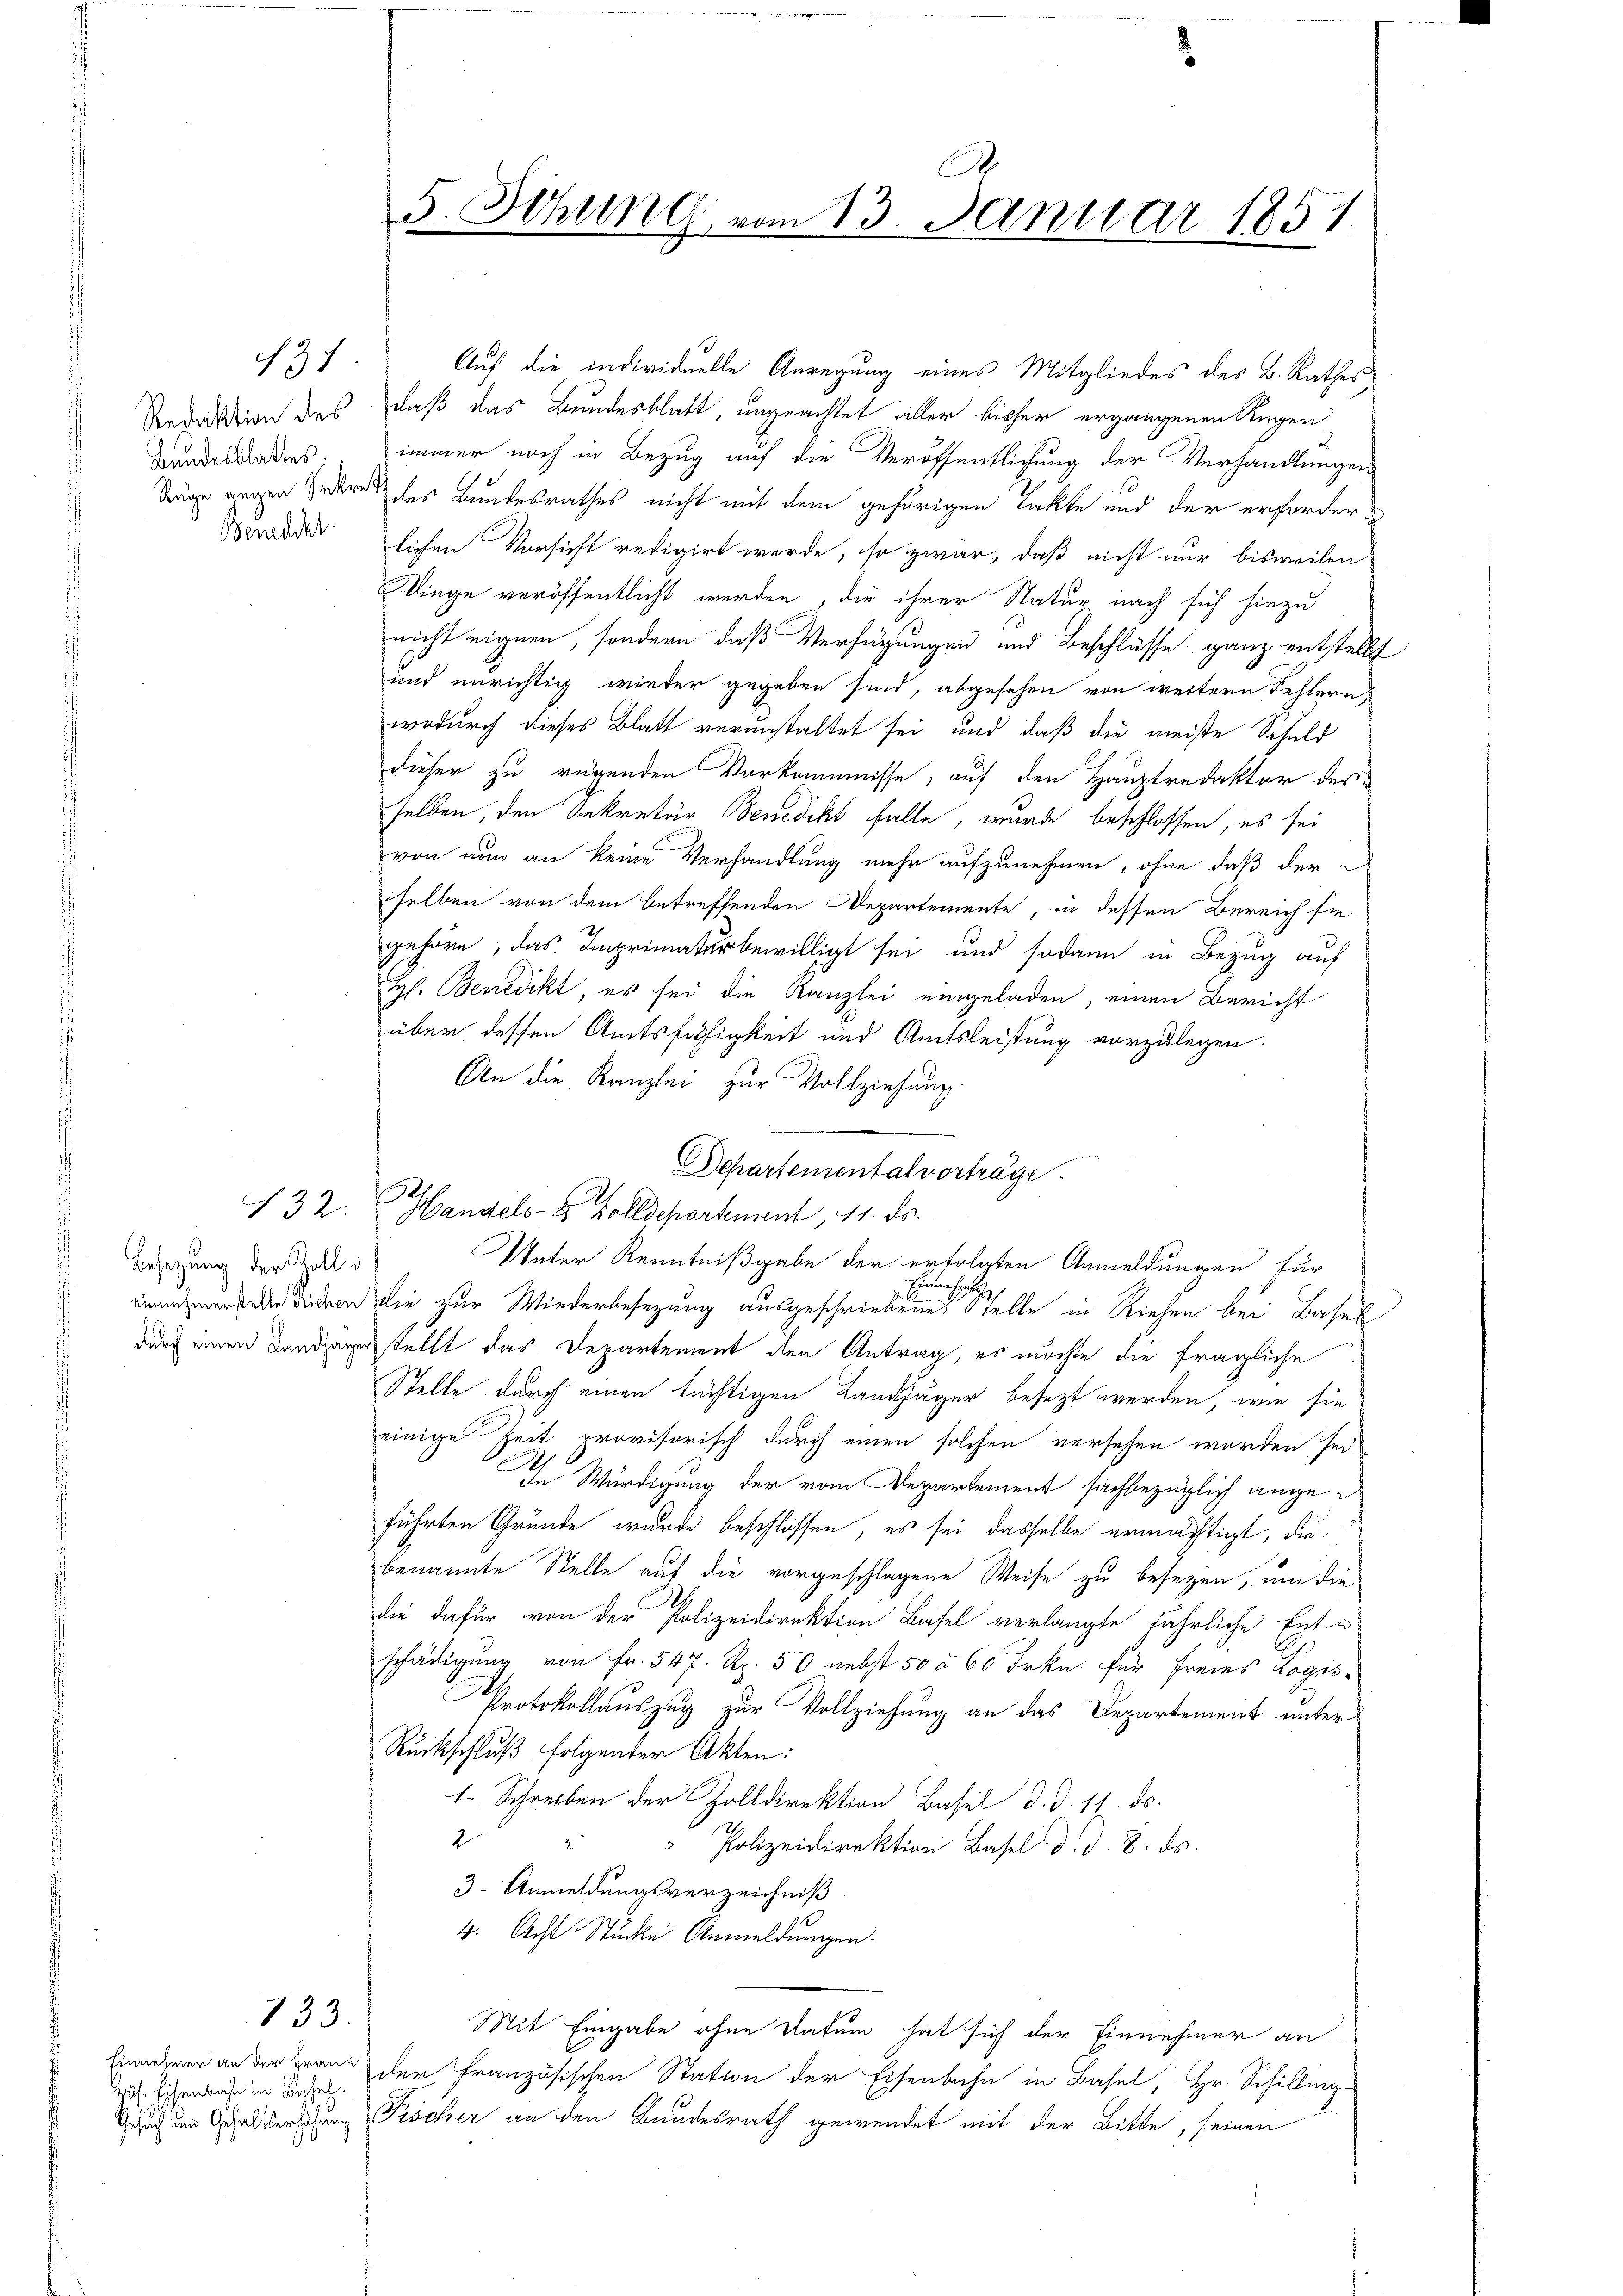
131
Redaktion des
Bundesblattes.
Benedikt

Besetzung der Zolli
einnehmerstelle Reichen

132.

133.

Einnehmer an der Franz
Zus. Eisenbahn in Basel.
Gesuch um Gehaltserhöhung

.
5. Sitzung vom 13. Januar 1851

Auf die individuelle Anregung eines Mitgliedes des B. Rathes
daß das Bundesblatt, ungeachtet aller bisher ergangenen Regen
immer noch in Bezug auf die Veröffentlichung der Verhandlungen
Träge gegen Jedere der Bundesrathes nicht mit dem gehörigen Takte und der erforderlichen Vorsicht redigirt werde, so zwar, daß nicht nur bisweilen
Klinge veröffentlicht werden, die ihrer Natur nach sich hiezu
nicht eignen, sondern daß Verfügungen und Beschlüsse ganz entstellt
und unrichtig wieder gegeben sind, abgesehen von weitern Fehlern,
wodurch dieses Blatt verunstaltet sei und daß die meiste Schuld
dieser zu rugenden Vorkommnisse, auf den Hauptredaktor des
selben, den Sekretär Benedikt falle, wurde beschlossen, es sei
von nun an keine Verhandlung mehr aufzunehmen, ohne daß der
selben von dem betreffenden Departemente, in dessen Bereich sie
gehöre, das Imprimaterbewilligt sei und sodann in Bezug auf
H. Benedikt, es sei die Kanzlei eingeladen, einen Bericht
über dessen Amtsfähigkeit und Amtsleistung vorzulegen.
An die Kanzlei zur Vollziehung.
Departemental vorträge.
Handels- & Polldepartement 11. ds.
Unter Kenntnißgabe der erfolgten Anmeldungen für
Einsiche
Die zur Wiederbesetzung ausgeschriebenes Stelle in Riehen bei Basel
durch einen Landauerstellt das Departement den Antrag, es möchte die fragliche
Stelle durch einen tüchtigen Landjäger besezt werden, wie sie
einige Zeit, provisorisch durch einen solchen versehen worden sei,
In Würdigung der vom Departement sachbezüglich angeführten Gründe wurde beschlossen, es sei dasselbe ermächtigt, die
benannte Stelle auf die vorgeschlagene Weise zu besezen, um die
die dafür von der Polizeidirektion Basel verlangte jährliche Ente
schädigung von Fr. 547. Rp. 50 nebst 50 à 60 Frkn. für Freies Logis¬
Protokollauszug zur Vollziehung an das Departement unter
Rückschluß folgenter Akten:
 Schreiben der Zolldirektion Basel d. d. 11. ds.
2 " " Polizeidirektion Basel d. d. 8. ds.
3 Anmeldungsverzeichniß
4. Acht Stücke Anmeldungen.
Mit Eingabe ohne Datum hat sich der Einnehmer an
der Französischen Station der Eisenbahn in Basel, Hr. Schilling-
Fischer an den Bundesrath gewendet mit der Bitte, seinen

f